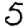
Digit: 5